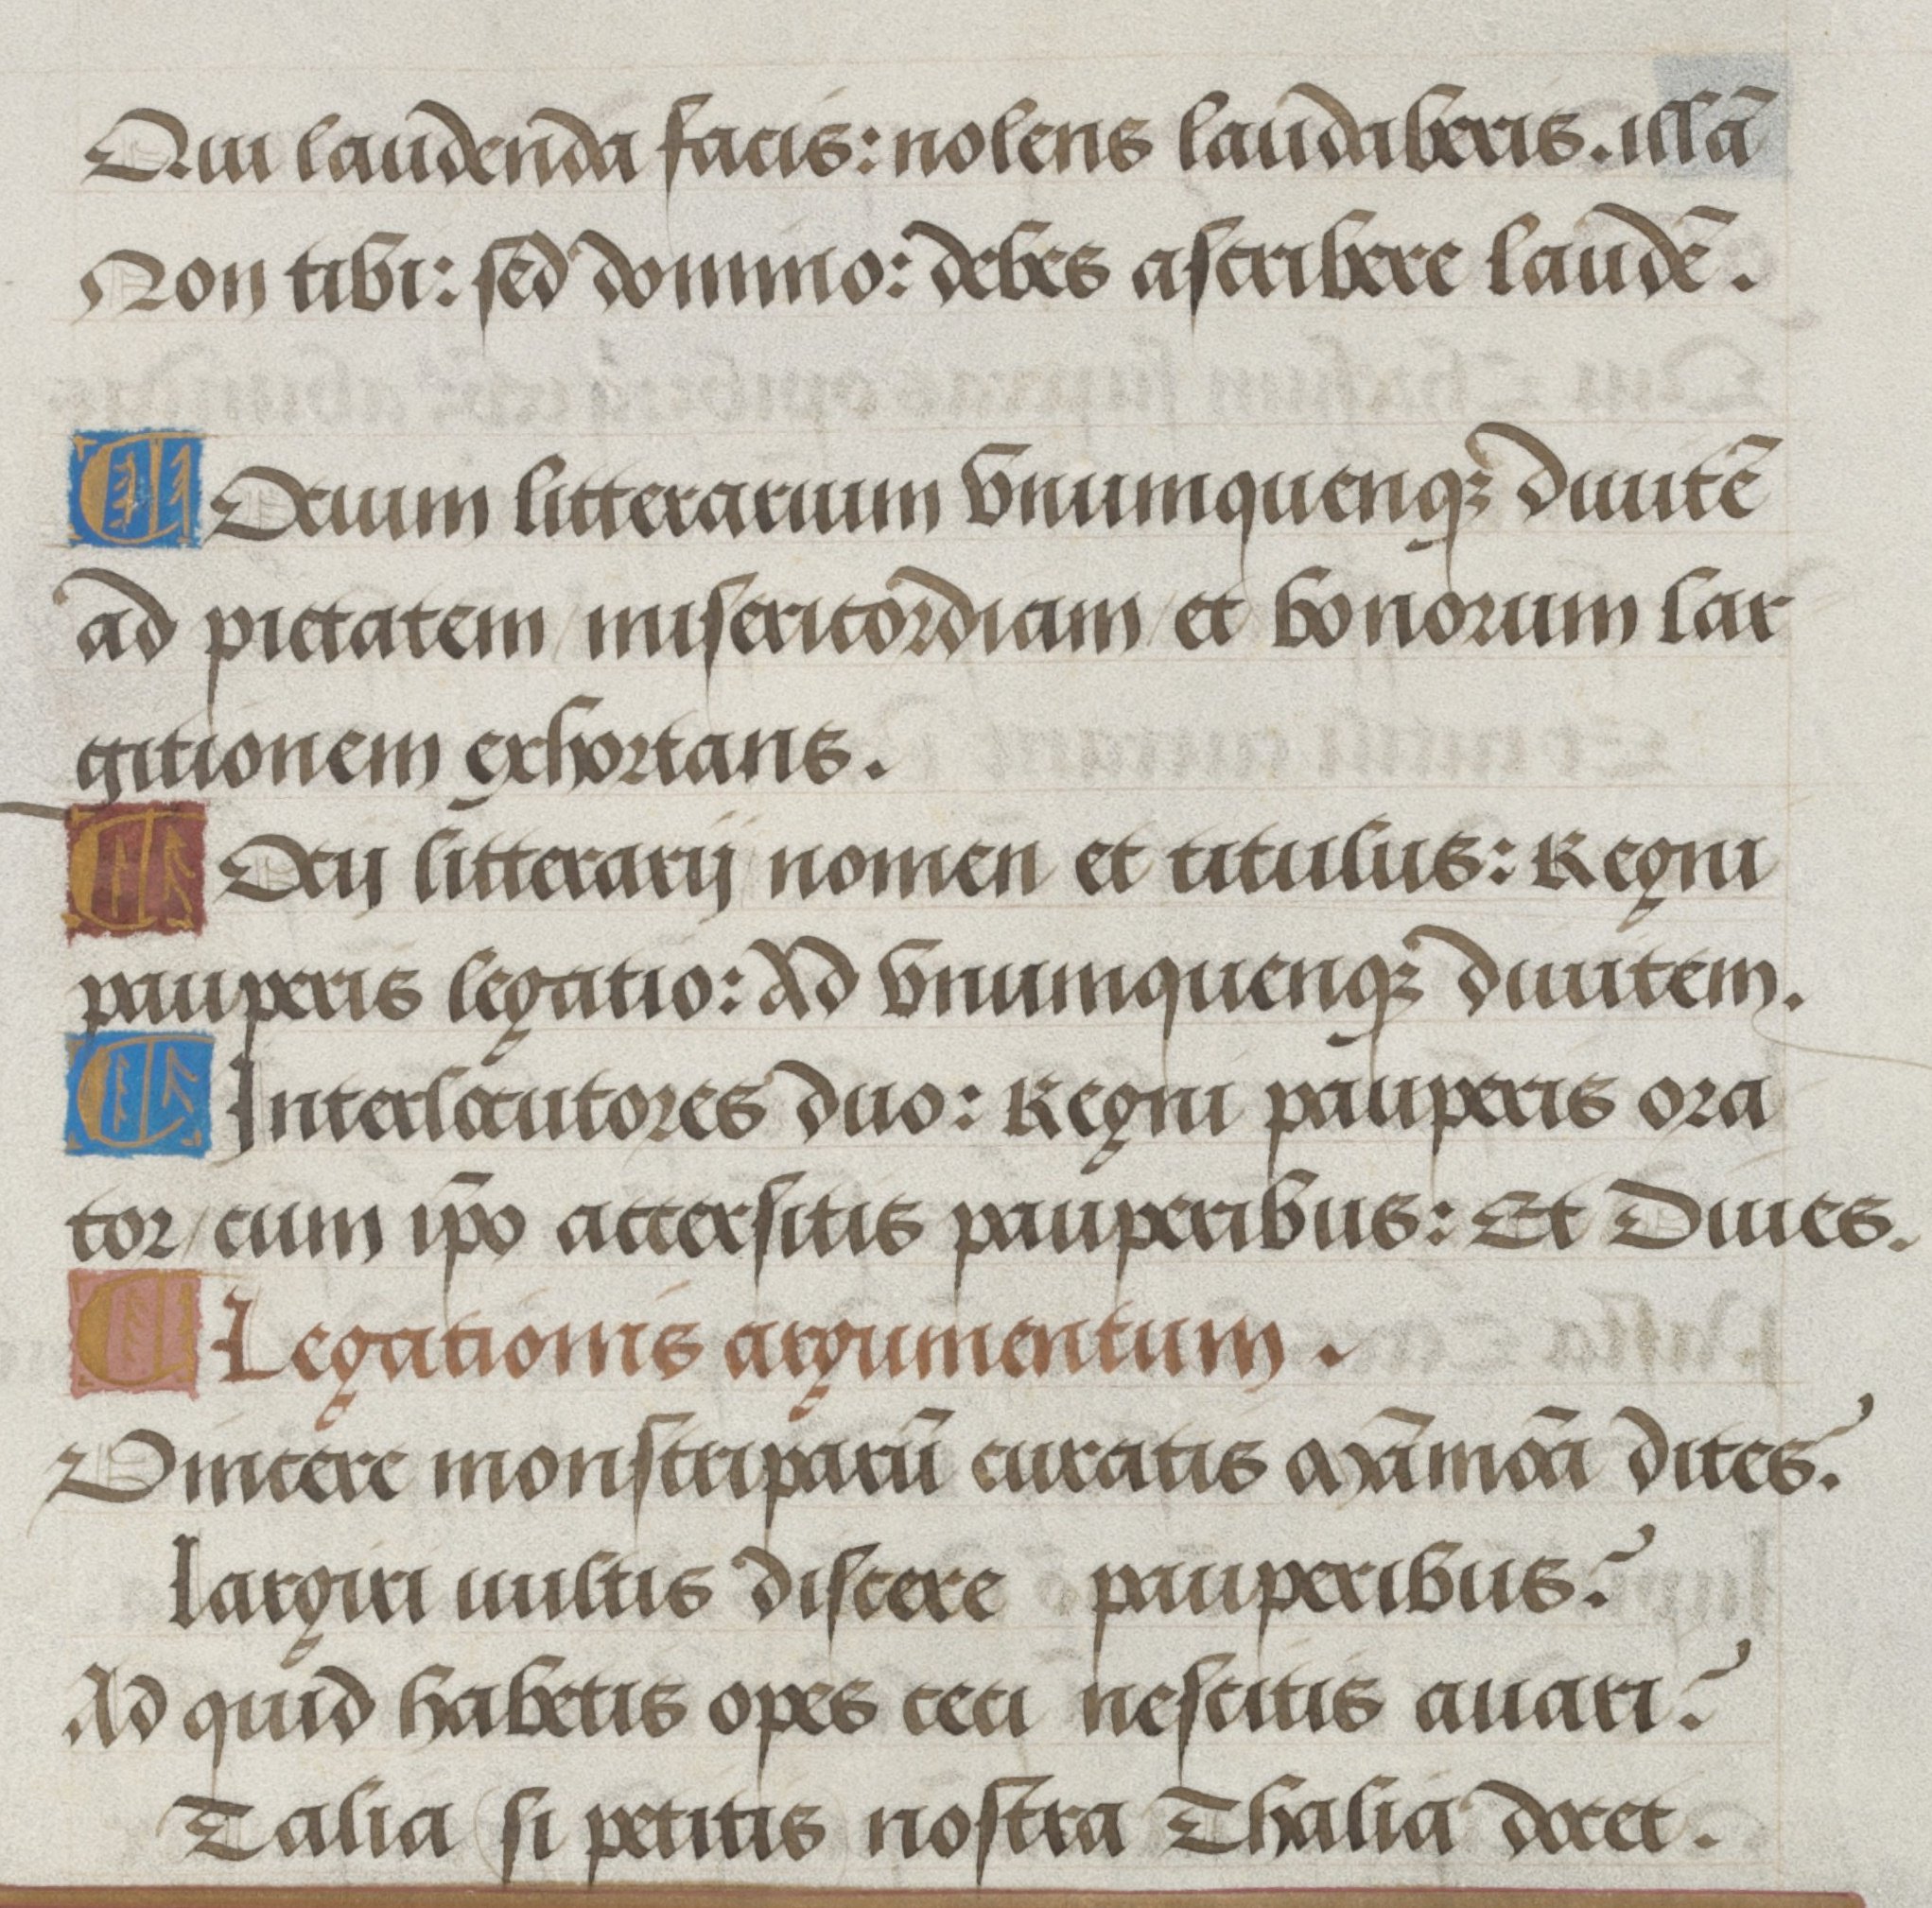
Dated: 1500–1530